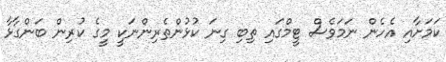
ކަމަށާއި އެހެން ނަމަވެސް ޓީމްގައި ތިބި ގިނަ ކުޅުންތެރިންނަކީ މީގެ ކުރިން ބަންގާޅާ